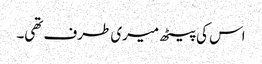
اس کی پیٹھ میری طرف تھی۔